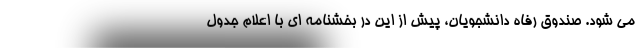
می شود. صندوق رفاه دانشجویان، پیش از این در بخشنامه ای با اعلام جدول